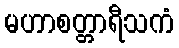
မဟာစတ္တာရီသကံ